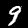
Label: 9